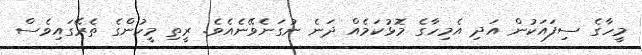
މީހާގެ ސިފައަކުން އަދި އެމިހާގެ މޮޅުކަމެއް ދަނެ ނުގަނެވޭނެއެވެ. ރީތި މީހުންގެ ތެރޭގައިވެސް